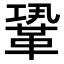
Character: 𩊳